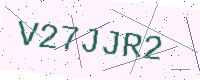
Text: V27JJR2